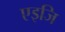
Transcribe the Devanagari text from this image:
एइजि